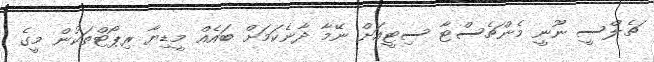
ޗެލްސީ ނޫނީ މެންޗެސްޓާ ސިޓީއަށް ނޭމާ ދާނެކަމަށް ބައެއް މީޑިޔާ ރިޕޯޓްތަކުން މީގެ